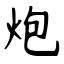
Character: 炮